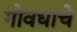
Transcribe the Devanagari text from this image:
गोवधाचे